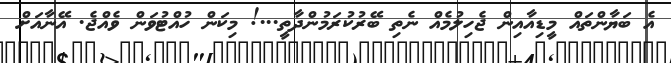
އެ ބަޔާންތައް މީޑިއާއިން ޖެހިލުމެއް ނެތި ބޭރުކުރަމުންދާތީ...! މިކަން ހުއްޓުވަން ވެއްޖެ. އޭނާއަށް